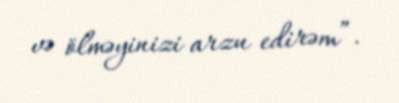
və ölməyinizi arzu edirəm”.